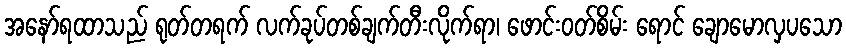
အနော်ရထာသည် ရုတ်တရက် လက်ခုပ်တစ်ချက်တီးလိုက်ရာ၊ ဖောင်းဝတ်စိမ်း ရောင် ချောမောလှပသော